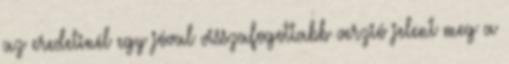
az eredetinél egy jóval visszafogottabb verzió jelent meg a